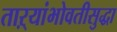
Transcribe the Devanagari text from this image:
ताऱ्यांभोवतीसुद्धा